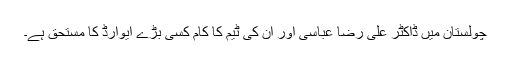
چولستان میں ڈاکٹر علی رضا عباسی اور ان کی ٹیم کا کام کسی بڑے ایوارڈ کا مستحق ہے۔